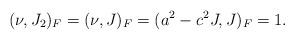
LaTeX: \begin{align*} (\nu, J_2)_F = (\nu, J)_F = (a^2 - c^2 J, J)_F = 1.\end{align*}